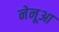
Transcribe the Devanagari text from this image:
नेनूआ